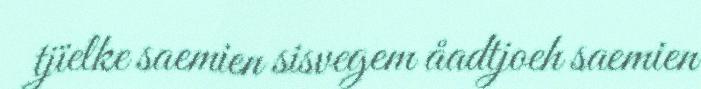
tjïelke saemien sisvegem åadtjoeh saemien